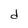
Character: d